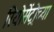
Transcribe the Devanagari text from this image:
रियोसेंट्रोच्या